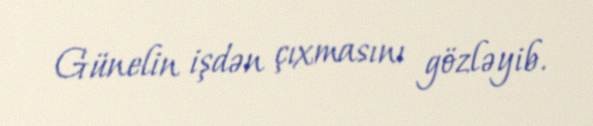
Günelin işdən çıxmasını gözləyib.